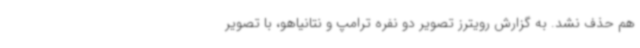
هم حذف نشد. به گزارش رویترز تصویر دو نفره ترامپ و نتانیاهو، با تصویر